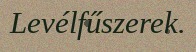
Levélfűszerek.